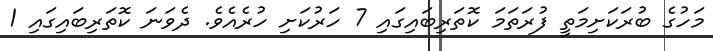
މަހުގެ ބުރަކަށިމަތީ ފުރަތަމަ ކޮތަރިބައިގައި 7 ހަރުކަށި ހުރެއެވެ. ދެވަނަ ކޮތަރިބައިގައި 1